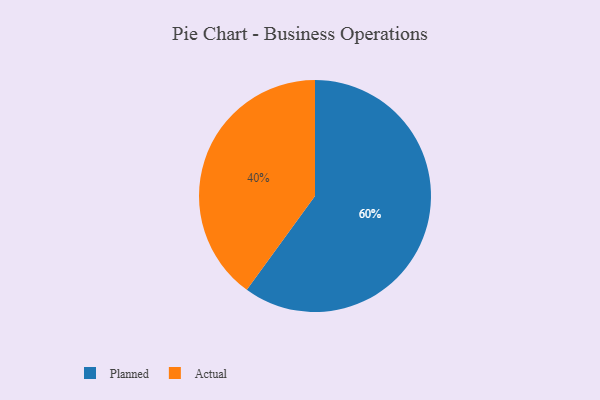
{"axis": {"x": "Category", "y": "Percentage"}, "legend": ["Actual", "Planned"], "data": [{"x": "Actual", "y": 40, "type": "Actual"}, {"x": "Planned", "y": 60, "type": "Planned"}]}